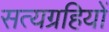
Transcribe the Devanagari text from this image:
सत्यग्रहियों